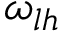
\omega _ { l h }